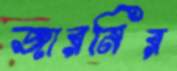
জারনির